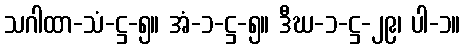
သဂါထာ-သံ-ဋ္ဌ-၅။ အံ-၁-ဋ္ဌ-၅။ ဒီဃ-၁-ဋ္ဌ-၂၉၊ ပါ-၁။